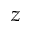
z